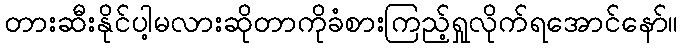
တားဆီးနိုင်ပါ့မလားဆိုတာကိုခံစားကြည့်ရှုလိုက်ရအောင်နော်။